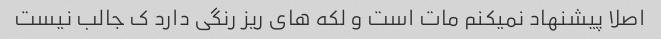
اصلا پیشنهاد نمیکنم مات است و لکه های ریز رنگی دارد ک جالب نیست